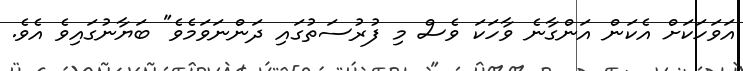
އަވަހަކަށް އެކަން އަންގާނެ ވާހަކަ ވެސް މި ފުރުސަތުގައި ދަންނަވަމެވެ" ބަޔާނުގައިވެ އެވެ.